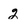
Character: 2